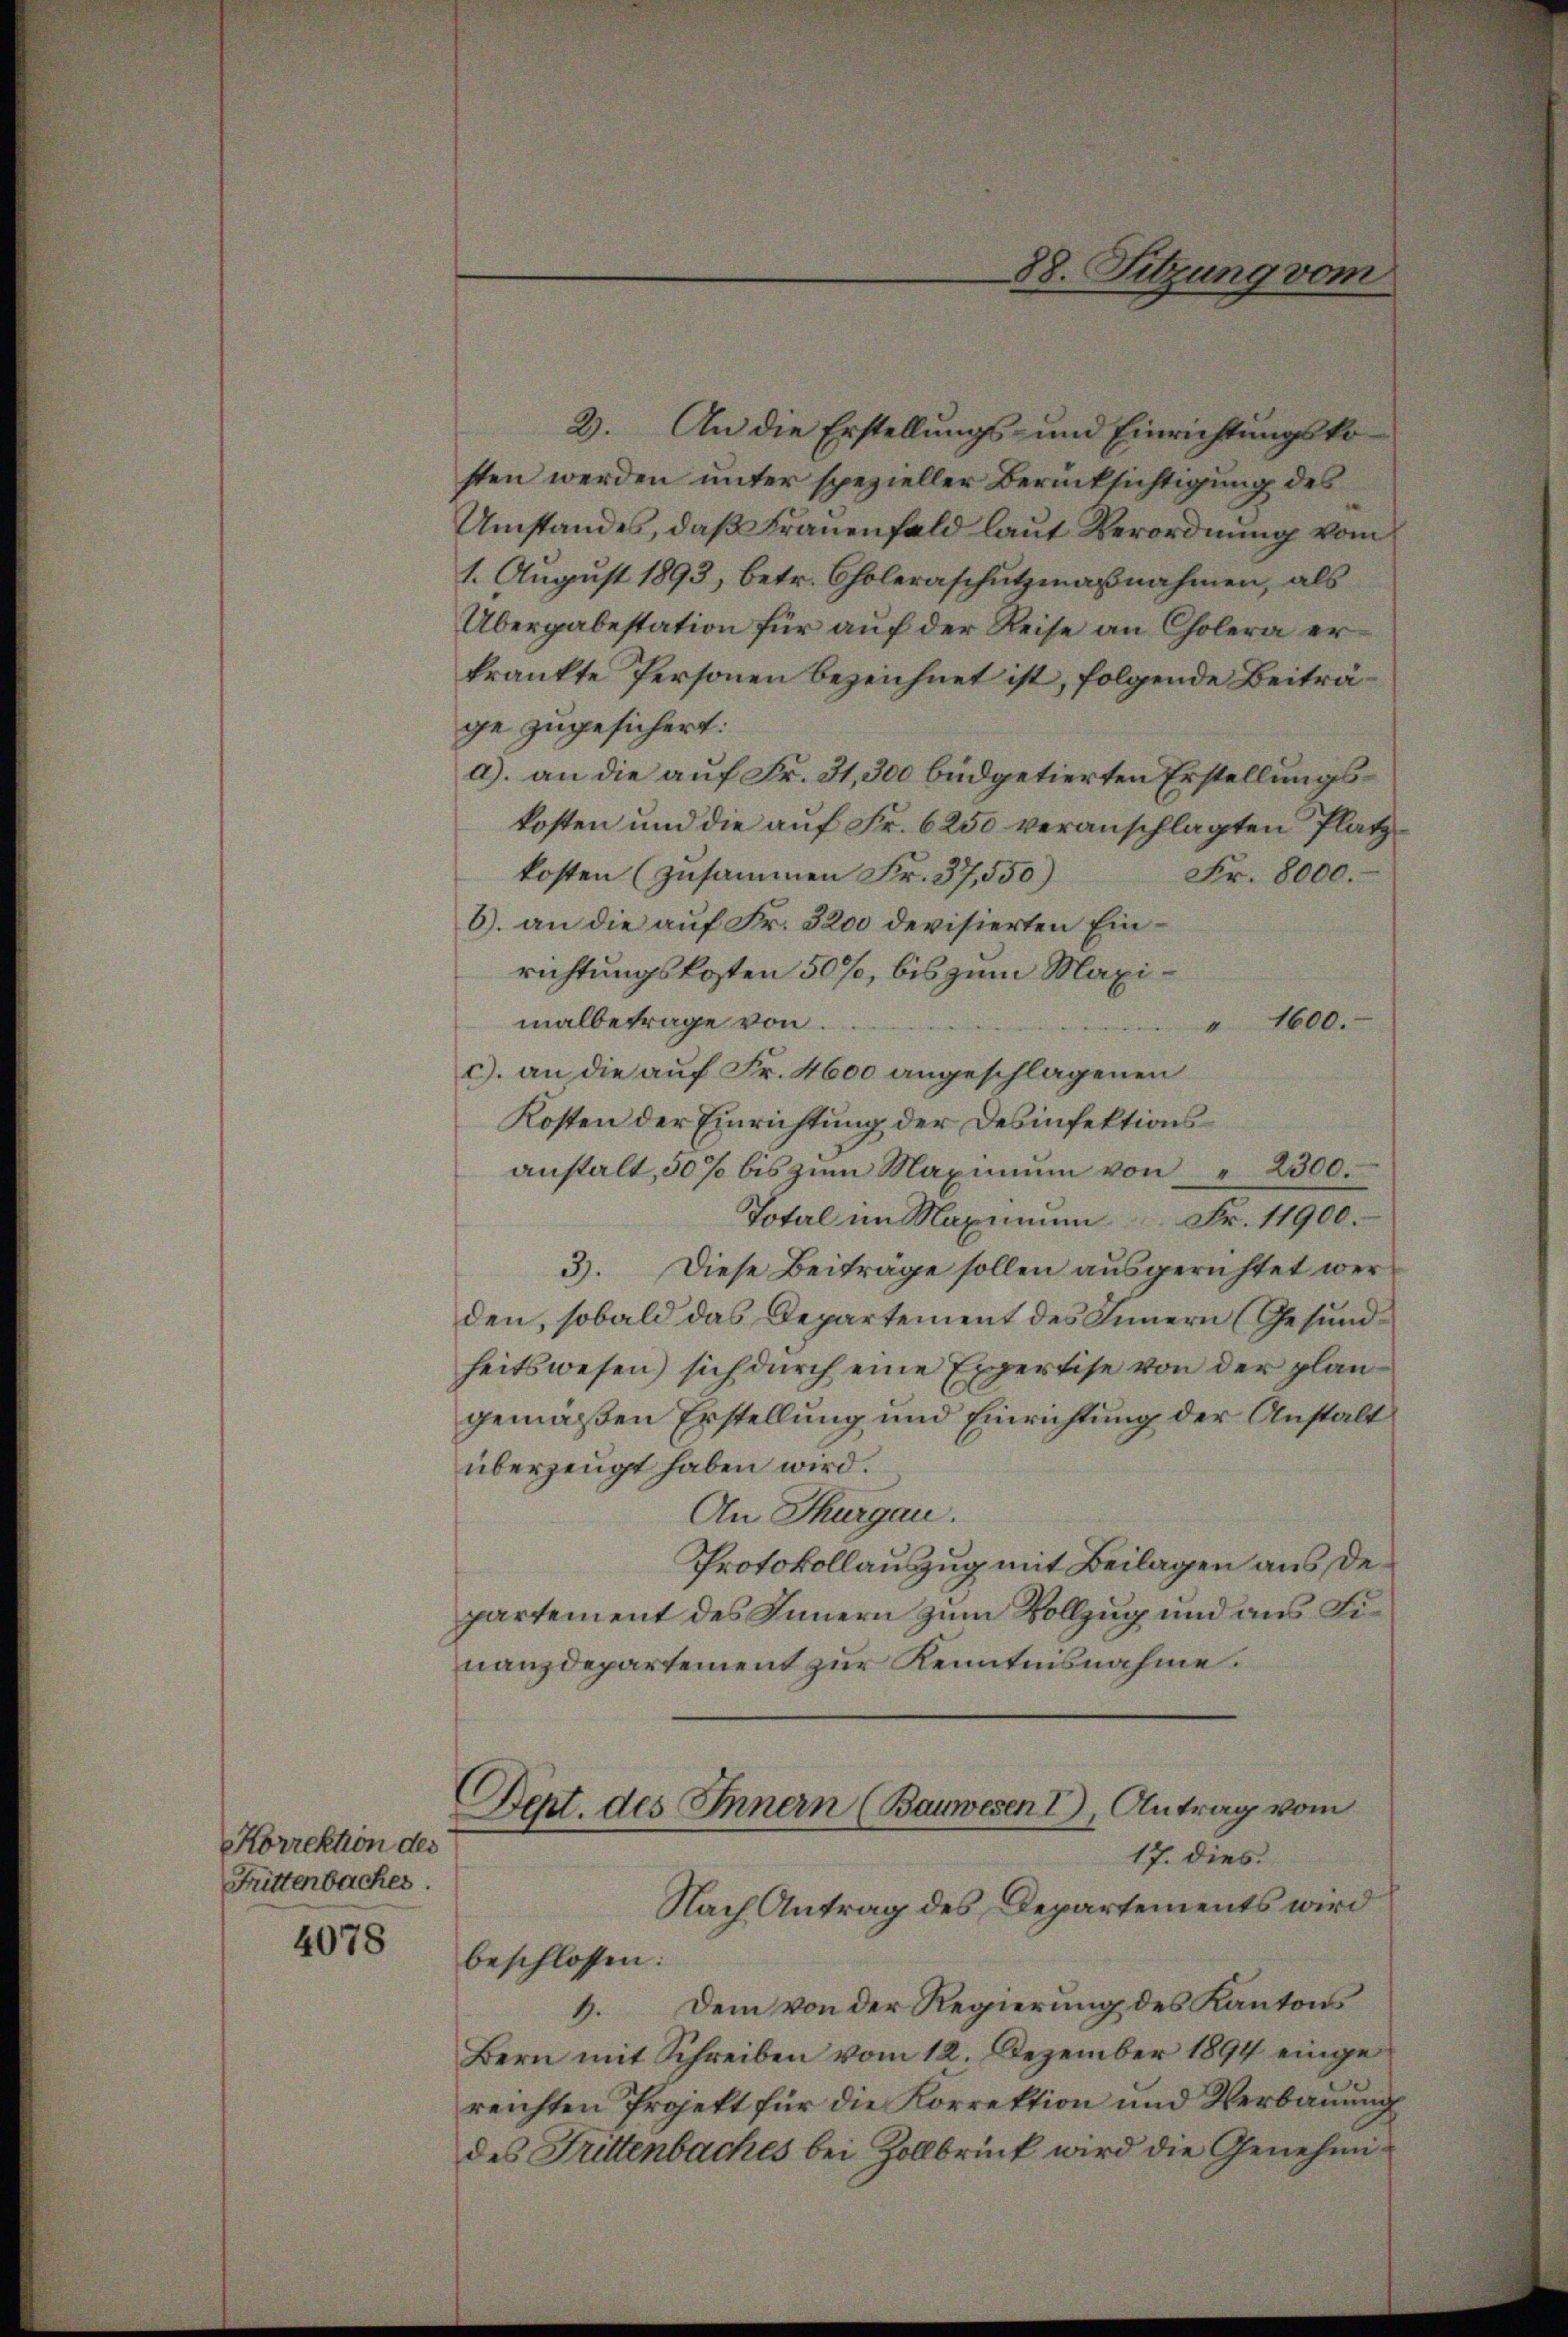
Korrektion des
Füttenbaches.

4078

2. An die Erstellungs- und Einrichtungsko-
sten werden unter spezieller Berücksichtigung des
Umstandes, daß Frauenfeld laut Verordnung vom
1. August 1893, betr. Choleraschutzmaßnahmen, als
Übergabestation für auf der Reise an Cholera erkrankte Personen bezeichnet ist, folgende Beiträge zugesichert:
a) an die auf Fr. 31,300 büdgetierten Erstellungskosten und die auf Fr. 6250 veranschlagten Platzkosten (zusammen Fr. 37,550)
Fr. 8000.
6). an die auf Fr. 3200 devisierten Einrichtungskosten 50%, bis zum Maximalbetrage von
" 1600.
c. an die auf Fr. 4600 angeschlagenen
Kosten der Einrichtung der Desinfektionsanstalt, 50 % bis zŭm Maximum von " 2300.
Total im Maximum Fr. 11900.
3). Diese Beiträge sollen ausgerichtet wer-
den, sobald das Departement des Innern (Gesundheitswesen) sich durch eine Expertise von der plangemäßen Erstellung und Einrichtung der Anstalt
überzeugt haben wird.
An Thurgau.
Protokollauszug mit Beilagen aus Departement des Innern zum Vollzug und aus Finanzdepartement zur Kenntnisnahme.
Dent. des Innern (Bauwesen I, Antrag vom
17. dies
Nach Antrag des Departements wird
beschlossen:
. Dem von der Regierung des Kantons
Bern mit Schreiben vom 12. Dezember 1894 eingereichten Projekt für die Korrektion und Verbauung
des Frittenbaches bei Zollbrück wird die Genehmi¬

88. Sitzung vom